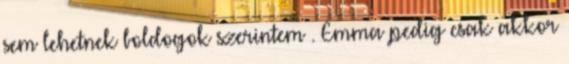
sem lehetnek boldogok szerintem . Emma pedig csak akkor